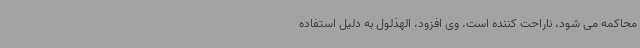
محاکمه می شود، ناراحت کننده است. وی افزود، الهذلول به دلیل استفاده